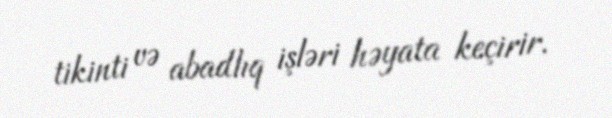
tikinti və abadlıq işləri həyata keçirir.